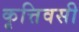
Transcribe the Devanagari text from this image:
कृत्तिवसी